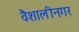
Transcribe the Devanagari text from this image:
वैशालीनगर